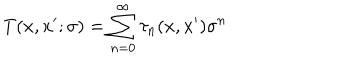
T ( x , x ^ { \prime } ; \sigma ) = \sum _ { n = 0 } ^ { \infty } \tau _ { n } ( x , x ^ { \prime } ) \sigma ^ { n }